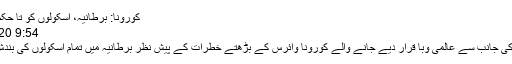
کورونا: برطانیہ، اسکولوں کو تا حکم ثانی بند کرنے کا اعلان
9:54 PM , 30 March 2020
لندن: عالمی ادارہ صحت کی جانب سے عالمی وبا قرار دیے جانے والے کورونا وائرس کے بڑھتے خطرات کے پیش نظر برطانیہ میں تمام اسکولوں کی بندش کا اعلان کردیا گیا ہے۔